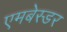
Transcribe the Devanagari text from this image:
एमबेस्डर